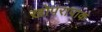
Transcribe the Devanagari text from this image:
खोपरापाक